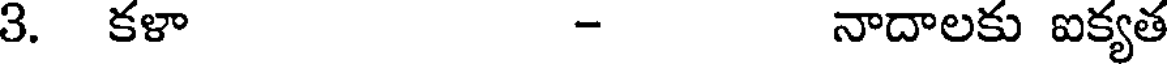
3. కళా - నాదాలకు ఐక్యత